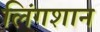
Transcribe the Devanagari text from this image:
लिंगशान